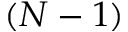
( N - 1 )